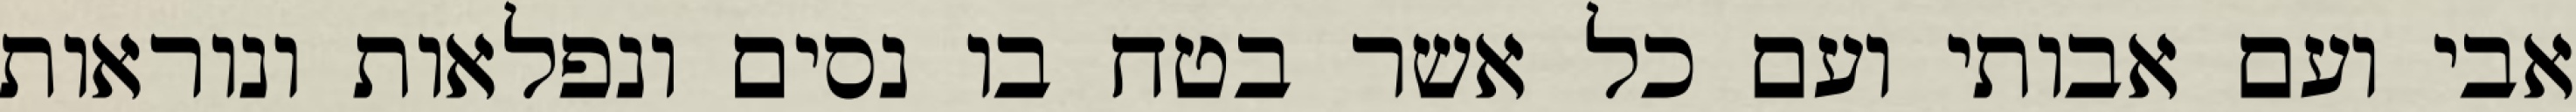
אבי ועם אבותי ועם כל אשר בטח בו נסים ונפלאות ונוראות